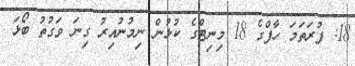
18: ފުރަތަމަ ހާފްގެ 18 މިނިޓްގެ ކުޅުން ނިމުނުއިރު ގިނަ ވަގުތު ބޯޅަ